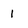
Character: 1